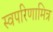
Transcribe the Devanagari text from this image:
स्वपरिणामित्र